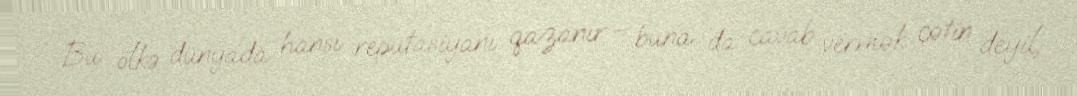
Bu ölkə dünyada hansı reputasiyanı qazanır – buna da cavab vermək çətin deyil,